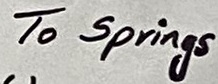
Text: To Springs